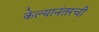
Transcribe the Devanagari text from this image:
केल्यानंतरची